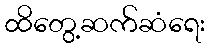
ထိတွေ့ဆက်ဆံရေး